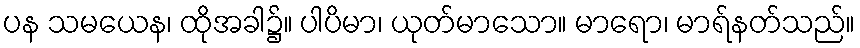
ပန သမယေန၊ ထိုအခါ၌။ ပါပိမာ၊ ယုတ်မာသော။ မာရော၊ မာရ်နတ်သည်။